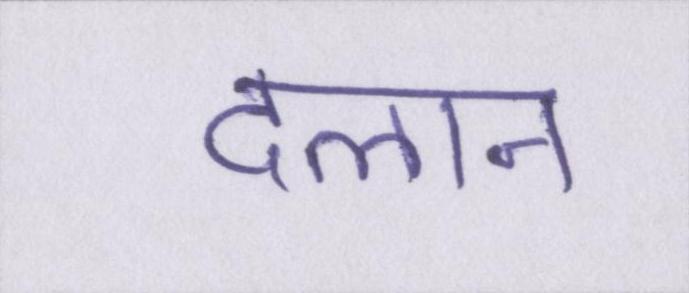
दलान